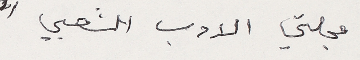
مجلتي الادب الشعبي